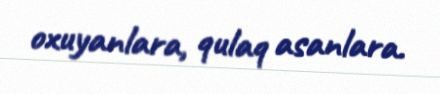
oxuyanlara, qulaq asanlara.